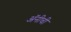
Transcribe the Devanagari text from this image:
अॅनीची